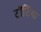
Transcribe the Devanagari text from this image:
टॉर्टिया